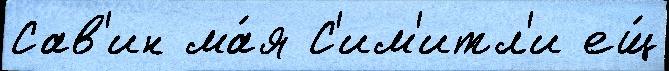
Сав'ин ма́я С'им'итл'и ещ́